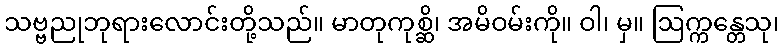
သဗ္ဗညုဘုရားလောင်းတို့သည်။ မာတုကုစ္ဆိ၊ အမိဝမ်းကို။ ဝါ၊ မှ။ ဩက္ကန္တေသု၊